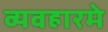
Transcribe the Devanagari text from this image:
व्यवहारमे